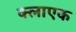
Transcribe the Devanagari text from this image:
क्लाएक